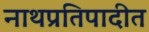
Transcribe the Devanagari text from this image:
नाथप्रतिपादीत